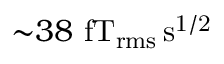
{ \sim } 3 8 ~ \mathrm { f T _ { r m s } \, s ^ { 1 / 2 } }